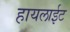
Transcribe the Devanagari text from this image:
हायलाईट